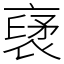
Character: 裦